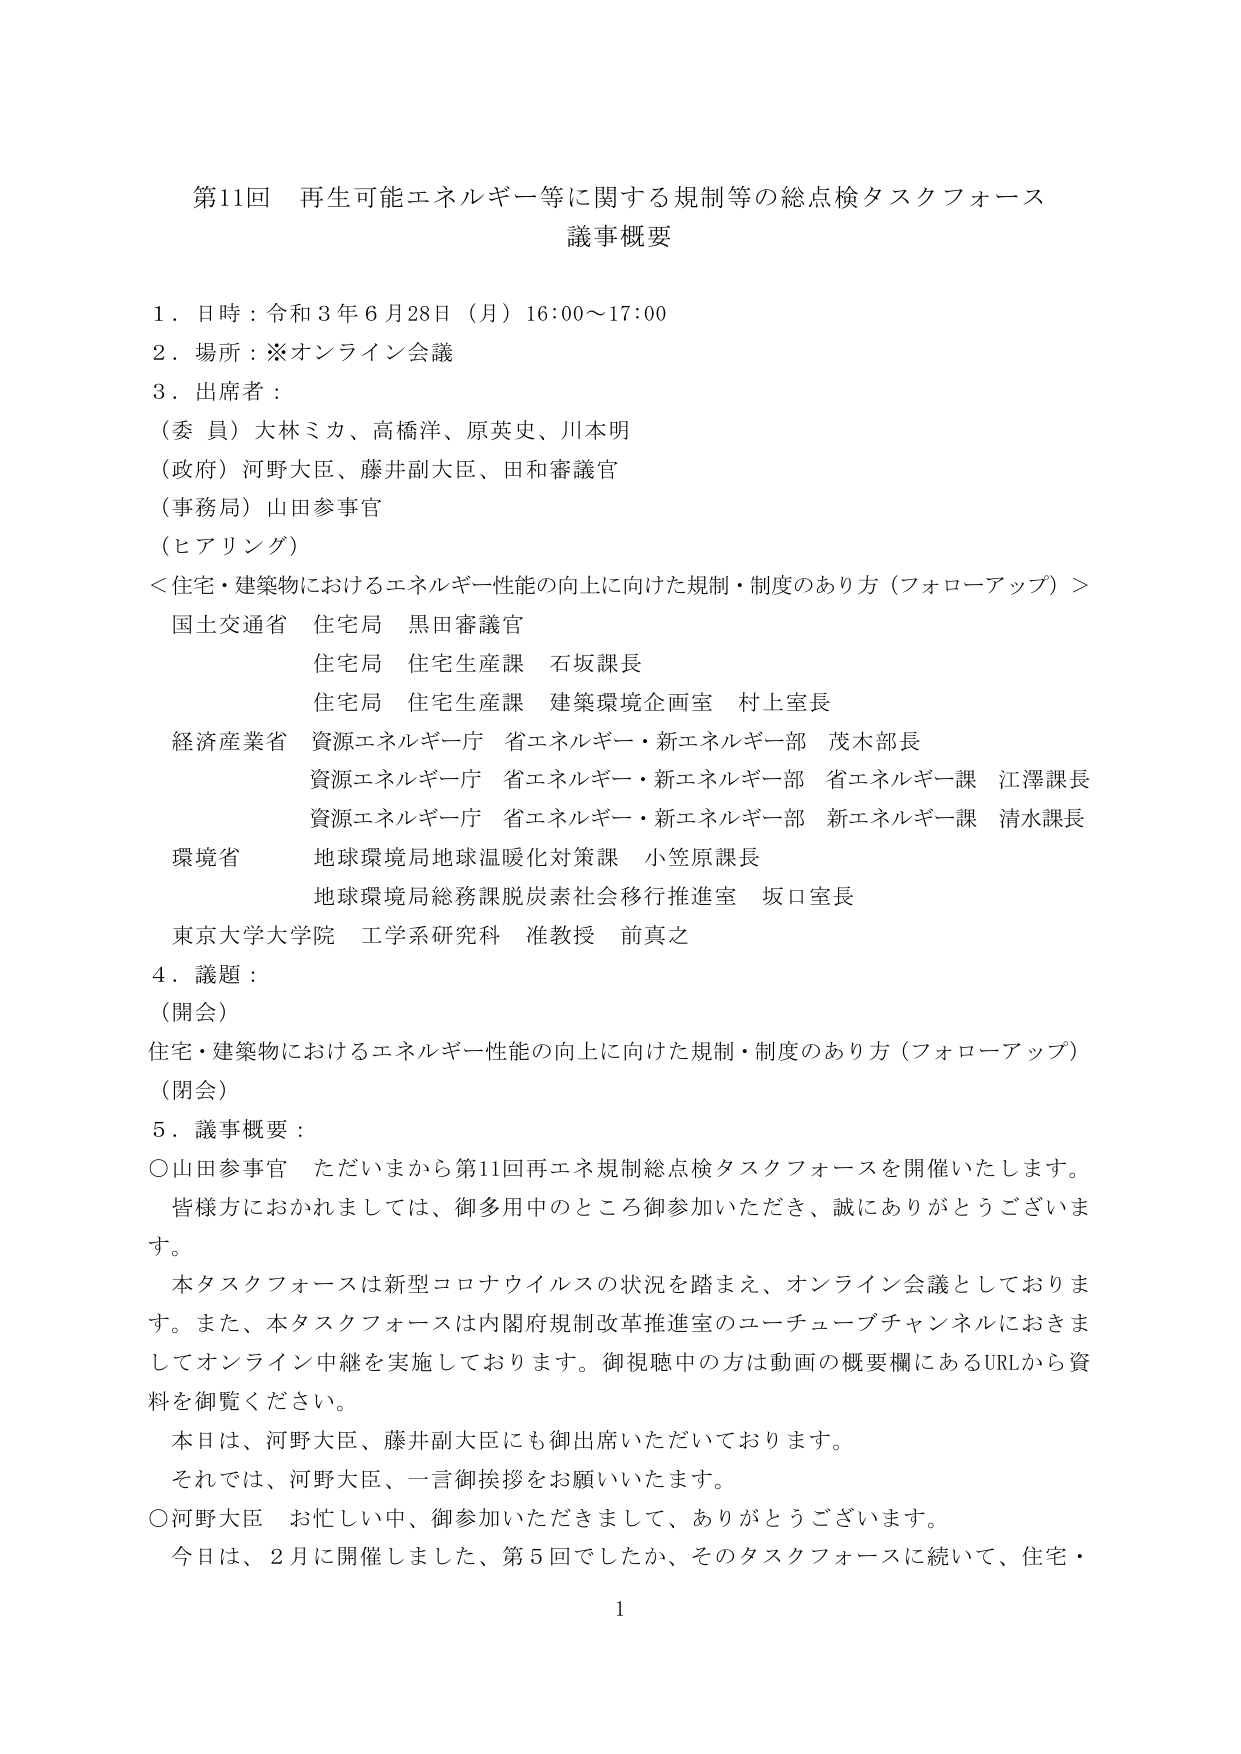
第11回 再生可能エネルギー等に関する規制等の総点検タスクフォース
議事概要

1．日時：令和3年6月28日（月）16:00～17:00
2．場所：※オンライン会議
3．出席者：
（委員）大林ミカ、高橋洋、原英史、川本明
（政府）河野大臣、藤井副大臣、田和審議官
（事務局）山田参事官
（ヒアリング）
＜住宅・建築物におけるエネルギー性能の向上に向けた規制・制度のあり方（フォローアップ）＞
国土交通省 住宅局 黒田審議官
　　　　　住宅局 住宅生産課 石坂課長
　　　　　住宅局 住宅生産課 建築環境企画室 村上室長
経済産業省 資源エネルギー庁 省エネルギー・新エネルギー一部 茂木部長
　　　　　資源エネルギー庁 省エネルギー・新エネルギー一部 省エネルギー課 江澤課長
　　　　　資源エネルギー庁 省エネルギー・新エネルギー一部 新エネルギー課 清水課長
環境省 地球環境局地球温暖化対策課 小笠原課長
　　　地球環境局総務課脱炭素社会移行推進室 坂口室長
東京大学大学院 工学系研究科 准教授 前真之
4．議題：
（開会）
住宅・建築物におけるエネルギー性能の向上に向けた規制・制度のあり方（フォローアップ）
（閉会）
5．議事概要：
○山田参事官 ただいまから第11回再エネ規制総点検タスクフォースを開催いたします。
　皆様方におかれましては、御多用中のところ御参加いただき、誠にありがとうございます。
　本タスクフォースは新型コロナウイルスの状況を踏まえ、オンライン会議としております。また、本タスクフォースは内閣府規制改革推進室のユーチューブチャンネルにおきましてオンライン中継を実施しております。御視聴中の方は動画の概要欄にあるURLから資料を御覧ください。
　本日は、河野大臣、藤井副大臣にも御出席いただいております。
　それでは、河野大臣、一言御挨拶をお願いいたします。
○河野大臣 お忙しい中、御参加いただきまして、ありがとうございます。
　今日は、2月に開催しました、第5回でしたか、そのタスクフォースに続いて、住宅・
1